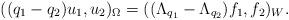
LaTeX: \begin{align*}((q_1-q_2)u_1,u_2)_{\Omega} = ((\Lambda_{q_1}-\Lambda_{q_2})f_1, f_2)_{W}.\end{align*}